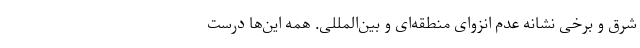
شرق و برخی نشانه عدم انزوای منطقه‌ای و بین‌المللی. همه این‌ها درست